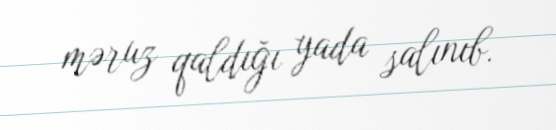
məruz qaldığı yada salınıb.